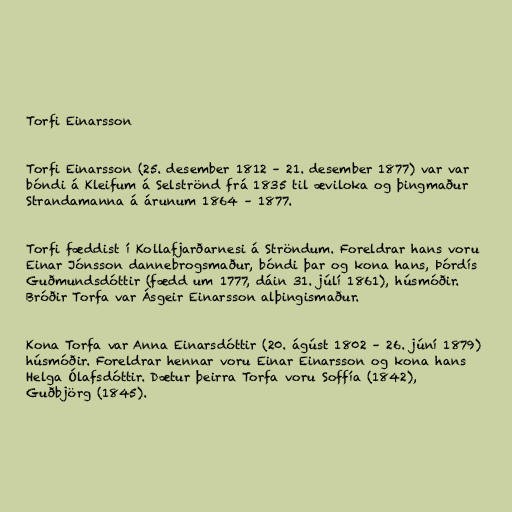
Torfi Einarsson

Torfi Einarsson (25. desember 1812 – 21. desember 1877) var var
bóndi á Kleifum á Selströnd frá 1835 til æviloka og þingmaður
Strandamanna á árunum 1864 – 1877.

Torfi fæddist í Kollafjarðarnesi á Ströndum. Foreldrar hans voru
Einar Jónsson dannebrogsmaður, bóndi þar og kona hans, Þórdís
Guðmundsdóttir (fædd um 1777, dáin 31. júlí 1861), húsmóðir.
Bróðir Torfa var Ásgeir Einarsson alþingismaður.

Kona Torfa var Anna Einarsdóttir (20. ágúst 1802 – 26. júní 1879)
húsmóðir. Foreldrar hennar voru Einar Einarsson og kona hans
Helga Ólafsdóttir. Dætur þeirra Torfa voru Soffía (1842),
Guðbjörg (1845).